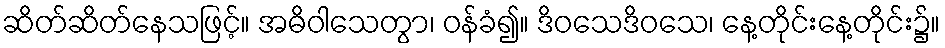
ဆိတ်ဆိတ်နေသဖြင့်။ အဓိဝါသေတွာ၊ ဝန်ခံ၍။ ဒိဝသေဒိဝသေ၊ နေ့တိုင်းနေ့တိုင်း၌။